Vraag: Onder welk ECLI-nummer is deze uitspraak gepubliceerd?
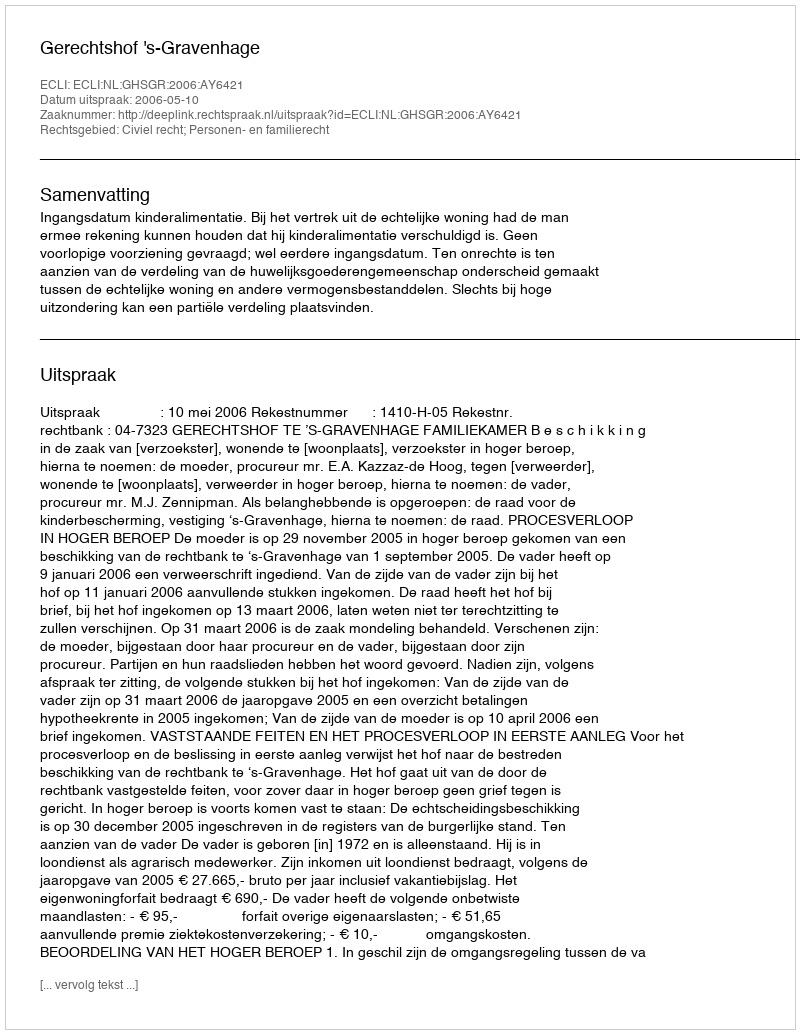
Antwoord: ECLI:NL:GHSGR:2006:AY6421